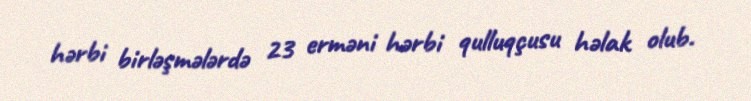
hərbi birləşmələrdə 23 erməni hərbi qulluqçusu həlak olub.